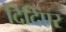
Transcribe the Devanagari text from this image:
दिदिएर